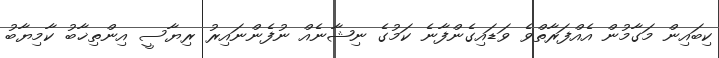
ކިބައިން މަގާމުން އެއްފަރާތްވެ ވަޑައިގެންފާނެ ކަމުގެ ނިޝާނެއް ނުފެންނައިރު ރިޔާސީ އިންތިޚާބު ކާމިޔާބު